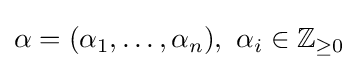
\alpha =(\alpha _{1},\ldots ,\alpha _{n}),\ \alpha _{i}\in \mathbb {Z} _{\geq 0}